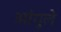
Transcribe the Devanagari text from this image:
आंगुले